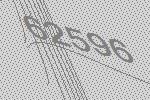
62596